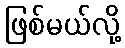
ဖြစ်မယ်လို့